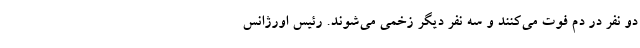
دو نفر در دم فوت می‌کنند و سه نفر دیگر زخمی می‌شوند. رئیس اورژانس